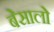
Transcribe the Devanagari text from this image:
बेसालो